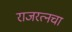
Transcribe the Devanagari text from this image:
राजरत्‍नचा